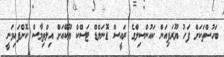
ބަހުސްތަކަށް ފަހު ޔޫރަޕިއަން ކައުންސިލްގެ ރައީސް ޑޮނަލްޑް ޓަސްކް ޔޫކޭއަށް އިލްތިމާސް ކޮށްފައިވަނީ